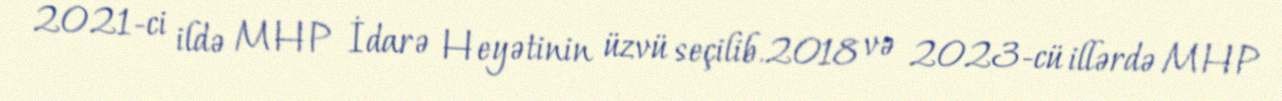
2021-ci ildə MHP İdarə Heyətinin üzvü seçilib.2018 və 2023-cü illərdə MHP